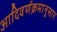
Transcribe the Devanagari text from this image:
आदिवर्णक्रमानुसार